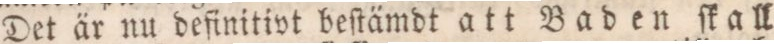
— Det är nu definitivt beſtämdt att Baden ſkall